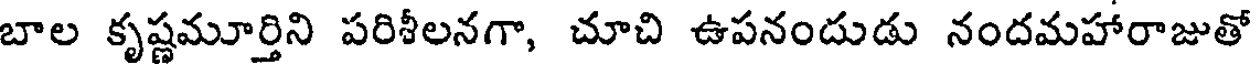
బాల కృష్ణమూర్తిని పరిశీలనగా, చూచి ఉపనందుడు నందమహారాజుతో